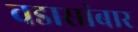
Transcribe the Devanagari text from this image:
वडासांबार